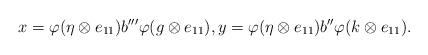
LaTeX: \begin{align*}x=\varphi(\eta\otimes e_{11})b^{\prime\prime\prime}\varphi(g\otimes e_{11}),y=\varphi(\eta\otimes e_{11})b^{\prime\prime}\varphi(k\otimes e_{11}).\end{align*}